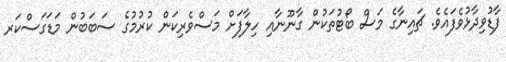
ފާޑުވިދާޅުވެފައެވެ. ޗައިނާގެ މަސް ބޯޓުތަކުން ގާނޫނާއި ހިލާފަށް މަސްވެރިކަން ކުރުމުގެ ސަބަބުން މަޑަގަސްކަރ